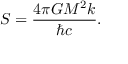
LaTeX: S = { \frac { 4 \pi G M ^ { 2 } k } { \hbar c } } .